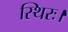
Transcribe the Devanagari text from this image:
स्थिरः।